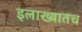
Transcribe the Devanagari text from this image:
इलाख्यातच